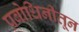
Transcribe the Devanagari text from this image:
प्रबोधिनीतून